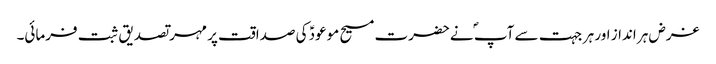
غرض ہر انداز اور ہر جہت سے آپ ؐ نےحضرت مسیح موعودؑ کی صداقت پر مہر تصدیق ثبت فرمائی۔